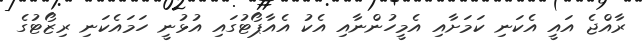
ރާއްޖެ އައީ އެކަނި ކަމަށާއި އެމީހުންނާއި އެކު އެއާޕޯޓުގައި އުޅުނީ ހަމައެކަނި ރިޒޯޓުގެ